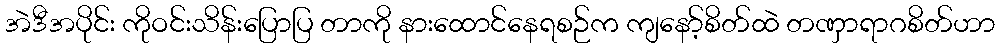
အဲဒီအပိုင်း ကိုဝင်းသိန်းပြောပြ တာကို နားထောင်နေရစဉ်က ကျနော့်စိတ်ထဲ တဏှာရာဂစိတ်ဟာ